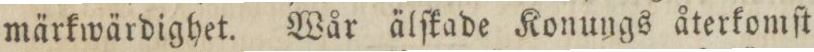
märkwärdighet. Wår älſkade Konungs återkomſt